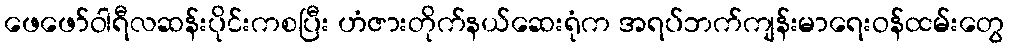
ဖေဖော်ဝါရီလဆန်းပိုင်းကစပြီး ဟံဇားတိုက်နယ်ဆေးရုံက အရပ်ဘက်ကျန်းမာရေးဝန်ထမ်းတွေ